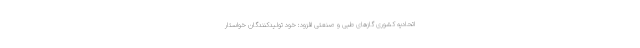
اتحادیه کشوری گازهای طبی و صنعتی افزود: خود تولیدکنندگان خواستار